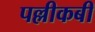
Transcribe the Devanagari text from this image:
पल्लीकबी